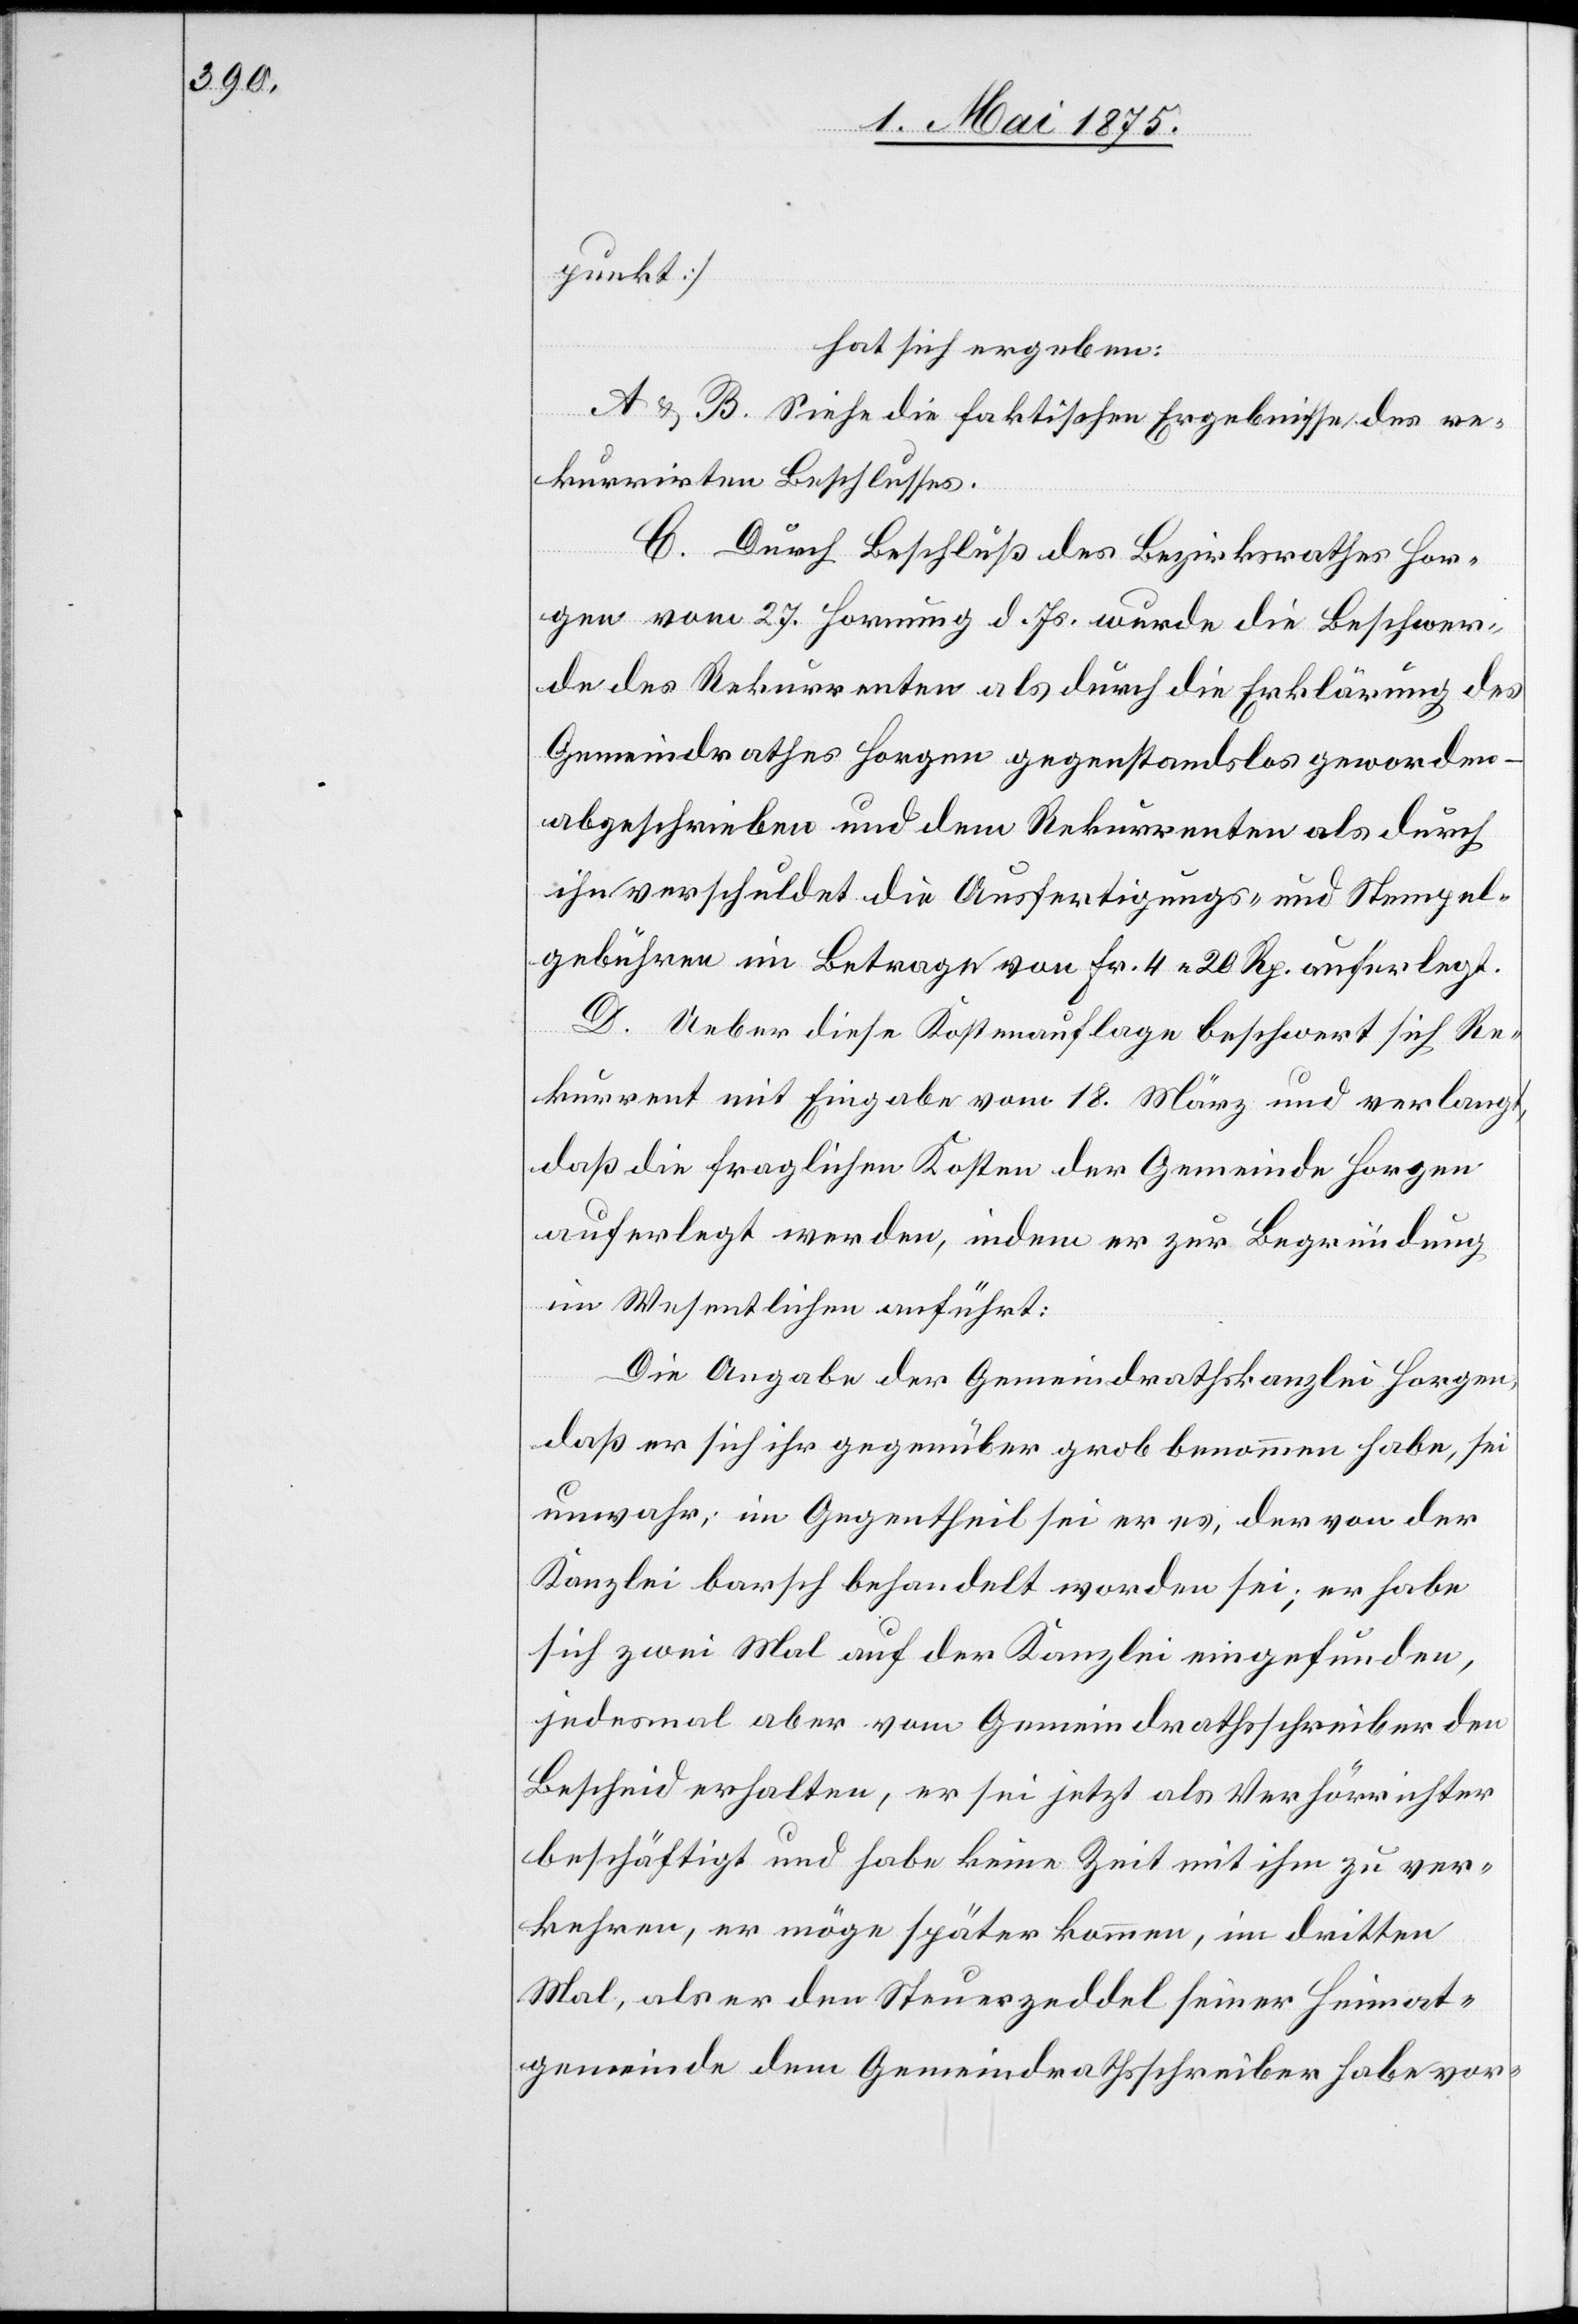
punkt]
hat sich ergeben:
A&B. Siehe die faktischen Ergebnisse des re¬
kurrirten Beschlusses.
C. Durch Beschluß des Bezirksrathes Hor¬
gen vom 27. Hornung d. Js. wurde die Beschwer¬
de des Rekurrenten als durch die Erklärung des
Gemeindrathes Horgen gegenstandslos geworden
abgeschrieben und dem Rekurrenten als durch
ihn verschuldet die Ausfertigungs- und Stempel¬
gebühren im Betrage von Fr. 4 20 Rp. auferlegt.
D. Ueber diese Kostenauflage beschwert sich Re¬
kurrent mit Eingabe vom 18. März und verlangt,
daß die fraglichen Kosten der Gemeinde Horgen
auferlegt werden, indem er zur Begründung
im Wesentlichen anführt:
Die Angabe der Gemeindrathskanzlei Horgen,
daß er sich ihr gegenüber grob benommen habe, sei
unwahr; im Gegentheil sei er es, der von der
Kanzlei barsch behandelt worden sei; er habe
sich zwei Mal auf der Kanzlei eingefunden,
jedesmal aber vom Gemeindrathsschreiber den
Bescheid erhalten, er sei jetzt als Verhörrichter
beschäftigt und habe keine Zeit mit ihm zu ver¬
kehren, er möge später kommen, im dritten
mal, als er den Steuerzeddel seiner Heimat¬
gemeinde dem Gemeindrahtsschreiber habe vor-